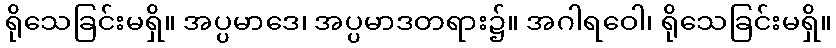
ရိုသေခြင်းမရှိ။ အပ္ပမာဒေ၊ အပ္ပမာဒတရား၌။ အဂါရဝေါ၊ ရိုသေခြင်းမရှိ။